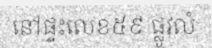
នៅផ្ទះលេខ៥៩ ផ្លូវលំ